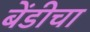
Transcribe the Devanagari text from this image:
बेंडीचा